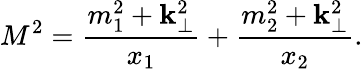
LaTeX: M^{2}=\frac{m_{1}^{2}+{\mathbf k}_{\perp}^{2}}{x_{1}}+\frac{m_{2}^{2}+{\mathbf k}_{\perp}^{2}}{x_{2}}.